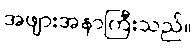
အဖျားအနာကြီးသည်။